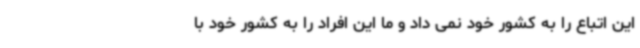
این اتباع را به کشور خود نمی داد و ما این افراد را به کشور خود با